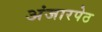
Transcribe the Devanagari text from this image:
अंजारपेठ